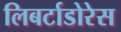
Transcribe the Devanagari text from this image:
लिबर्टाडोरेस